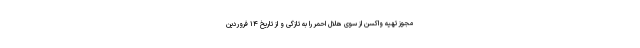
مجوز تهیه واکسن از سوی هلال احمر را به تازگی و از تاریخ ۱۴ فروردین